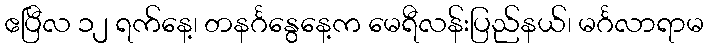
ဧပြီလ ၁၂ ရက်နေ့၊ တနင်္ဂနွေနေ့က မေရီလန်းပြည်နယ်၊ မင်္ဂလာရာမ